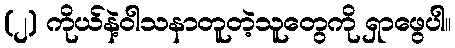
(၂) ကိုယ်နဲ့ဝါသနာတူတဲ့သူတွေကို ရှာဖွေပါ။